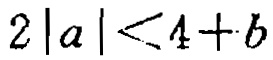
\(2|a|<4 + b\)